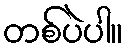
တစ်ပဲပါ။